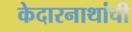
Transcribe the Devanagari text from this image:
केदारनाथांची